Annual report of the Civil Veterinary Department, Bengal, for the year 1897-98 - 1897-1898
Year: 1897
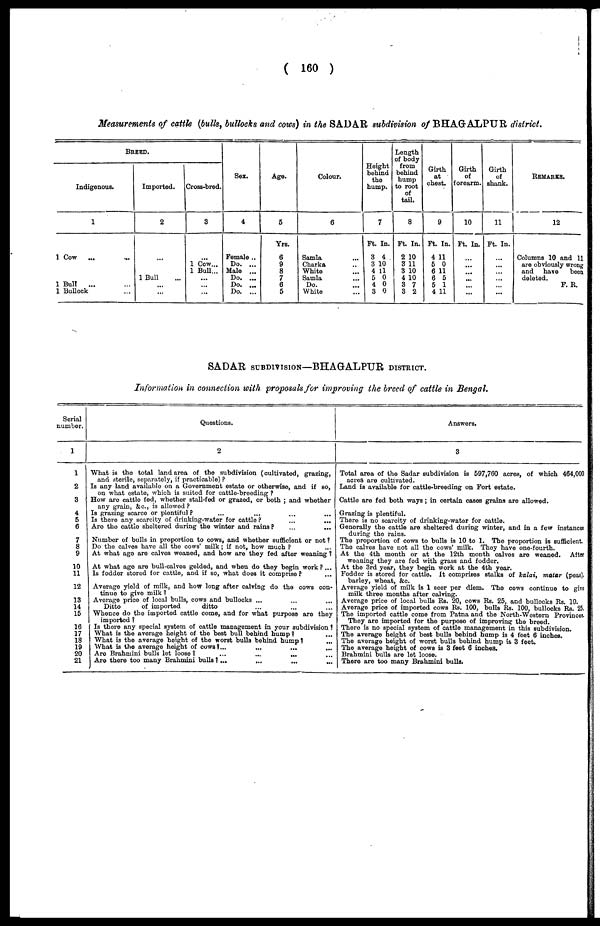
( 160 )
Measurements of cattle (bulls, bullocks and cows) in the SADAR subdivision of BHAGALPUR district.
BREED.
Indigenous.
1
1 Cow ... ... ...
1 Bull ... ...
1 Bullock ...
Imported.
2
...
1 Bull ...
...
...
Cross-bred.
8
...
1 Cow...
1 Bull...
...
...
...
Sex.
4
Female ..
Do. ...
Male ...
Do. ...
Do. ...
Do. ...
Age.
5
Yrs.
6
9
8
7
6
5
Colour.
6
Samla ...
Charka ...
White ...
Samla ...
Do.
White
Height
behind
the
hump.
7
Ft. In.
3 4
3 10
4 11
5 0
4 0
3 0
Length
of body
from
behind
hump
to root
of
tail.
8
Ft. In.
2 10
3 11
3 10
4 10
3 7
3 2
Girth
at
chest.
9
Ft. In.
4 11
5 0
6 11
6 5
5 1
4 11
Girth
of
forearm.
10
Ft. In.
...
...
...
...
...
...
Girth
of
shank.
11
Ft. In.
...
...
...
...
...
...
REMARKS.
12
Columns 10 and 11
are obviously wrong
and
have
been
deleted.
F. R.
SADAR SUBDIVISION—BHAGALPUR DISTRICT.
Information in connection with proposals/or improving the breed of cattle in Bengal.
Serial
number.
1
1
2
3
4
5
6
7
8
9
10
11
12
13
14
15
16
17
18
19
20
21
Questions.
2
What is the total land area of the subdivision (cultivated, grazing,
and sterile, separately, if practicable) ?
Is any land available on a Government estate or otherwise, and if so,
on what ostate, which is suited for cattle-breeding ?
How are cattle fod, whether stall-fed or grazed, or both ; and whether
any grain, &c., is allowed ?
Is grazing scarce or plentiful? ... ... ... ...
Is there any scarcity of drinking-water for cattle? ... ...
Are the cattle sheltered during the winter and rains? ... ...
Number of bulls in proportion to cows, and whether sufficient or not ?
Do the calves have all the cows' milk ; if not, how much ? ...
At what age are calves weaned, and how are they fed after weaning !
At what age are bull-calves gelded, and when do they begin work ? ...
Is foddor stored for cattle, and if so, what does it comprise ? ... ...
Average yield of milk, and how long after calving do the cows con-
tinue to give milk ?
Average price of local bulls, cows and bullocks ... ... ...
Ditto
of imported
ditto ... ... ...
Whence do the imported cattle come, and for what purpose are they
imported ?
Is there any special system of cattle management in your subdivision!
What is the average height of the best bull behind hump ! ...
What is the average height of the worst bulls behind hump! ...
What is the average height of cows? ... ... ... ...
Are Brahmini bulls lot loose
?
...
...
......
...
Are there too many Brahmini bulls ? ... ... ... ... ... ...
Answers.
3
Total area of the Sadar subdivision is 597,760 acres, of which 464,000
acres are cultivated.
Land is available for cattle-breeding on Fort estate.
Cattle are fed both ways ; in certain cases grains are allowed.
Grazing is plentiful.
There is no scarcity of drinking-water for cattle.
Generally the cattle are sheltered during winter, and in a few instances
during the rains.
The proportion of cows to bulls is 10 to 1. The proportion is sufficient
The calves have not all the cows' milk. They have one-fourth.
At the 4th month or at the 12th month calves are weaned.
After
weaning they are fed with grass and foddor.
At the 3rd year, they begin work at the 4th year.
Foddor is stored for cattle. It comprises stalks of kalai, matar (peas).
barley, wheat, &c.
Average yield of milk is 1 seer per diem. The cows continue to give
milk three months after calving.
Average price of local bulls Rs. 20, cows Rs. 25, and bullocks Rs. 10.
Average price of imported cows Rs. 100, bulls Rs. 100, bullocks Rs. 25.
The imported cattle come from Patna and the North-Western Provinces.
They are imported for the purpose of improving the breed.
There is no special system of cattle management in this subdivision.
The average height of best bulls behind hump is 4 feet 6 inches.
The average height of worst bulls behind hump is 3 feet.
The average height of cows is 3 feet 6 inches.
Brahmini bulls are lot loose.
There are too many Brahmini bulls.